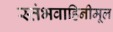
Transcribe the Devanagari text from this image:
स्तंभवाहिनीमूल